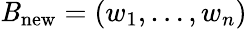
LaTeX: \mathit{B}_{\mathrm{{new}}}=(w_{1},\ldots,w_{n})